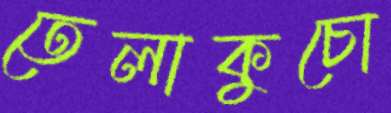
তেলাকুচো